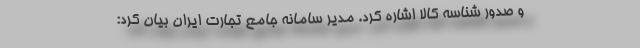
و صدور شناسه کالا اشاره کرد. مدیر سامانه جامع تجارت ایران بیان کرد: